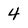
Character: 4